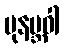
ပုနဗ္ဘဝါ